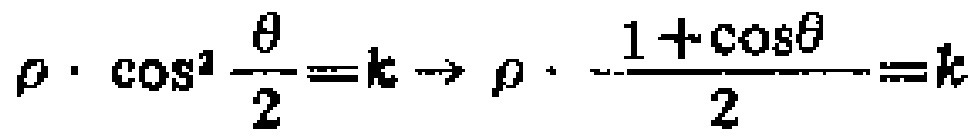
\(\rho\cdot\cos^{2}\frac{\theta}{2}=k\to\rho\cdot\frac{1 + \cos\theta}{2}=k\)